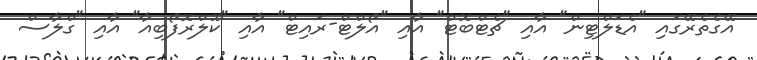
އޭގެތެރޭގައި "އެޑަލްޓިން" އާއި "ޗެޓްބޮޓް" އާއި "އޯލްޓް-ރައިޓް" އާއި "ކޫލްރޮފޯބިއާ" އާއި "ގްލާސް